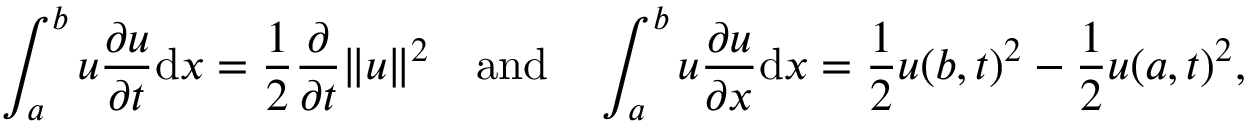
\int _ { a } ^ { b } u { \frac { \partial u } { \partial t } } \mathrm { d } x = { \frac { 1 } { 2 } } { \frac { \partial } { \partial t } } \| u \| ^ { 2 } \quad { \mathrm { a n d } } \quad \int _ { a } ^ { b } u { \frac { \partial u } { \partial x } } \mathrm { d } x = { \frac { 1 } { 2 } } u ( b , t ) ^ { 2 } - { \frac { 1 } { 2 } } u ( a , t ) ^ { 2 } ,